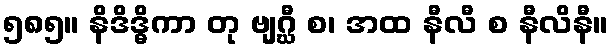
၅၈၅။ နိဒိဒ္ဓိကာ တု ဗျဂ္ဃီ စ၊ အထ နီလီ စ နီလိနီ။